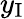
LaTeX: y_{\mathrm{I}}